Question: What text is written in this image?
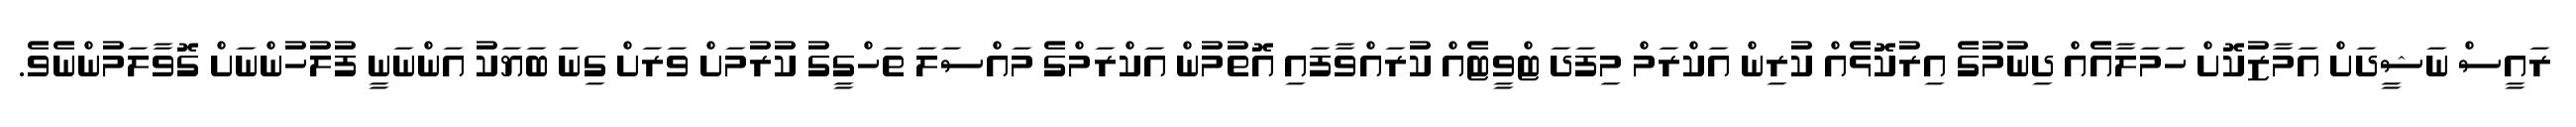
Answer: ރައީސް ނަޝީދަށް އަމާޒުކޮށް ހަމަލާއެއް ދިނުމުގެ އިރުކޮޅެއް ކުރިން އަކްރަމް މިފަދަ ޓްވީޓެއް ކުރައްވާފައި އޮތުމުން އަކްރަމްގެ މައްސަލަ ތަހްގީގު ކުރުމަށް ވަރަށް ގިނަ ބަޔަކު އަންނަނީ ފުލުހުންނަށް ގޮވާލަމުންނެވެ.